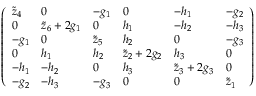
\begin{array} { r } { \left( \begin{array} { l l l l l l } { \tilde { z } _ { 4 } } & { 0 } & { - { g } _ { 1 } } & { 0 } & { - { h } _ { 1 } } & { - { g } _ { 2 } } \\ { 0 } & { \tilde { z } _ { 6 } + 2 { g } _ { 1 } } & { 0 } & { { h } _ { 1 } } & { - { h } _ { 2 } } & { - h _ { 3 } } \\ { - { g } _ { 1 } } & { 0 } & { \tilde { z } _ { 5 } } & { { h } _ { 2 } } & { 0 } & { - { g } _ { 3 } } \\ { 0 } & { { h } _ { 1 } } & { { h } _ { 2 } } & { \tilde { z } _ { 2 } + 2 { g } _ { 2 } } & { { h } _ { 3 } } & { 0 } \\ { - { h } _ { 1 } } & { - { h } _ { 2 } } & { 0 } & { { h } _ { 3 } } & { \tilde { z } _ { 3 } + 2 { g } _ { 3 } } & { 0 } \\ { - { g } _ { 2 } } & { - { h } _ { 3 } } & { - { g } _ { 3 } } & { 0 } & { 0 } & { \tilde { z } _ { 1 } } \end{array} \right) } \end{array}